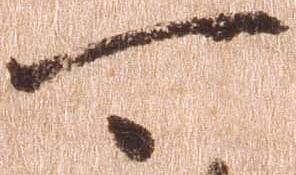
可